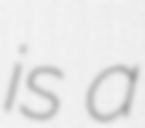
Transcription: is a